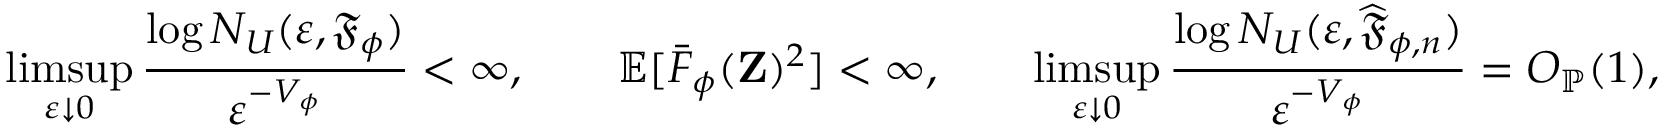
\operatorname* { l i m s u p } _ { \varepsilon \downarrow 0 } \frac { \log N _ { U } ( \varepsilon , \mathfrak { F } _ { \phi } ) } { \varepsilon ^ { - V _ { \phi } } } < \infty , \qquad \mathbb { E } [ \bar { F } _ { \phi } ( \mathbf { Z } ) ^ { 2 } ] < \infty , \qquad \operatorname* { l i m s u p } _ { \varepsilon \downarrow 0 } \frac { \log N _ { U } ( \varepsilon , \widehat { \mathfrak { F } } _ { \phi , n } ) } { \varepsilon ^ { - V _ { \phi } } } = O _ { \mathbb { P } } ( 1 ) ,